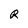
Character: R